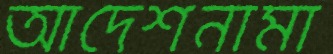
আদেশনামা